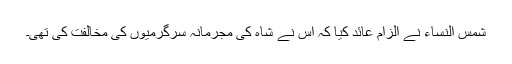
شمس النساء نے الزام عائد کیا کہ اس نے شاہ کی مجرمانہ سرگرمیوں کی مخالفت کی تھی۔